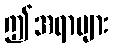
ဤအရာများ